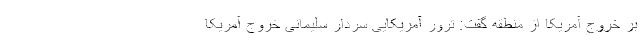
بر خروج آمریکا از منطقه گفت: ترور آمریکایی سردار سلیمانی خروج آمریکا